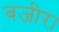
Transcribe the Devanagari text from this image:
बजीर।